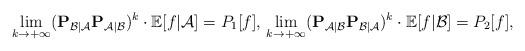
LaTeX: \begin{align*}\lim_{k\rightarrow+\infty}(\mathbf{P}_{\mathcal{B}|\mathcal{A}}\mathbf{P}_{\mathcal{A}|\mathcal{B}})^{k}\cdot\mathbb{E}[f|\mathcal{A}]=P_{1}[f],\text{}\lim_{k\rightarrow+\infty}(\mathbf{P}_{\mathcal{A}|\mathcal{B}}\mathbf{P}_{\mathcal{B}|\mathcal{A}})^{k}\cdot\mathbb{E}[f|\mathcal{B}]=P_{2}[f],\end{align*}